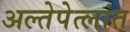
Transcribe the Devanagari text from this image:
अल्तेपेत्लांत